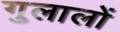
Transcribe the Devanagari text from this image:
गुलालों